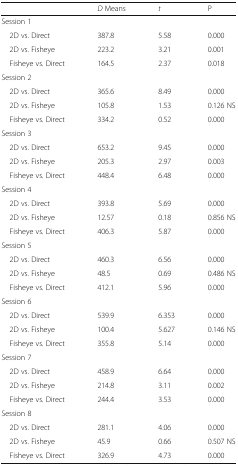
<table><thead><tr><td></td><td><b><i>D</i> Means</b></td><td><b><i>t</i></b></td><td><b>P</b></td></tr></thead><tbody><tr><td colspan="4">Session 1</td></tr><tr><td> 2D vs. Direct</td><td>387.8</td><td>5.58</td><td>0.000</td></tr><tr><td> 2D vs. Fisheye</td><td>223.2</td><td>3.21</td><td>0.001</td></tr><tr><td> Fisheye vs. Direct</td><td>164.5</td><td>2.37</td><td>0.018</td></tr><tr><td colspan="4">Session 2</td></tr><tr><td> 2D vs. Direct</td><td>365.6</td><td>8.49</td><td>0.000</td></tr><tr><td> 2D vs. Fisheye</td><td>105.8</td><td>1.53</td><td>0.126 NS</td></tr><tr><td> Fisheye vs. Direct</td><td>334.2</td><td>0.52</td><td>0.000</td></tr><tr><td colspan="4">Session 3</td></tr><tr><td> 2D vs. Direct</td><td>653.2</td><td>9.45</td><td>0.000</td></tr><tr><td> 2D vs. Fisheye</td><td>205.3</td><td>2.97</td><td>0.003</td></tr><tr><td> Fisheye vs. Direct</td><td>448.4</td><td>6.48</td><td>0.000</td></tr><tr><td colspan="4">Session 4</td></tr><tr><td> 2D vs. Direct</td><td>393.8</td><td>5.69</td><td>0.000</td></tr><tr><td> 2D vs. Fisheye</td><td>12.57</td><td>0.18</td><td>0.856 NS</td></tr><tr><td> Fisheye vs. Direct</td><td>406.3</td><td>5.87</td><td>0.000</td></tr><tr><td colspan="4">Session 5</td></tr><tr><td> 2D vs. Direct</td><td>460.3</td><td>6.56</td><td>0.000</td></tr><tr><td> 2D vs. Fisheye</td><td>48.5</td><td>0.69</td><td>0.486 NS</td></tr><tr><td> Fisheye vs. Direct</td><td>412.1</td><td>5.96</td><td>0.000</td></tr><tr><td colspan="4">Session 6</td></tr><tr><td> 2D vs. Direct</td><td>539.9</td><td>6.353</td><td>0.000</td></tr><tr><td> 2D vs. Fisheye</td><td>100.4</td><td>5.627</td><td>0.146 NS</td></tr><tr><td> Fisheye vs. Direct</td><td>355.8</td><td>5.14</td><td>0.000</td></tr><tr><td colspan="4">Session 7</td></tr><tr><td> 2D vs. Direct</td><td>458.9</td><td>6.64</td><td>0.000</td></tr><tr><td> 2D vs. Fisheye</td><td>214.8</td><td>3.11</td><td>0.002</td></tr><tr><td> Fisheye vs. Direct</td><td>244.4</td><td>3.53</td><td>0.000</td></tr><tr><td colspan="4">Session 8</td></tr><tr><td> 2D vs. Direct</td><td>281.1</td><td>4.06</td><td>0.000</td></tr><tr><td> 2D vs. Fisheye</td><td>45.9</td><td>0.66</td><td>0.507 NS</td></tr><tr><td> Fisheye vs. Direct</td><td>326.9</td><td>4.73</td><td>0.000</td></tr></tbody></table>